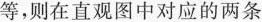
等，则在直观图中对应的两条